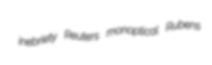
inebriety Reuters monoptical Rubens